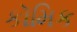
કૉમિક